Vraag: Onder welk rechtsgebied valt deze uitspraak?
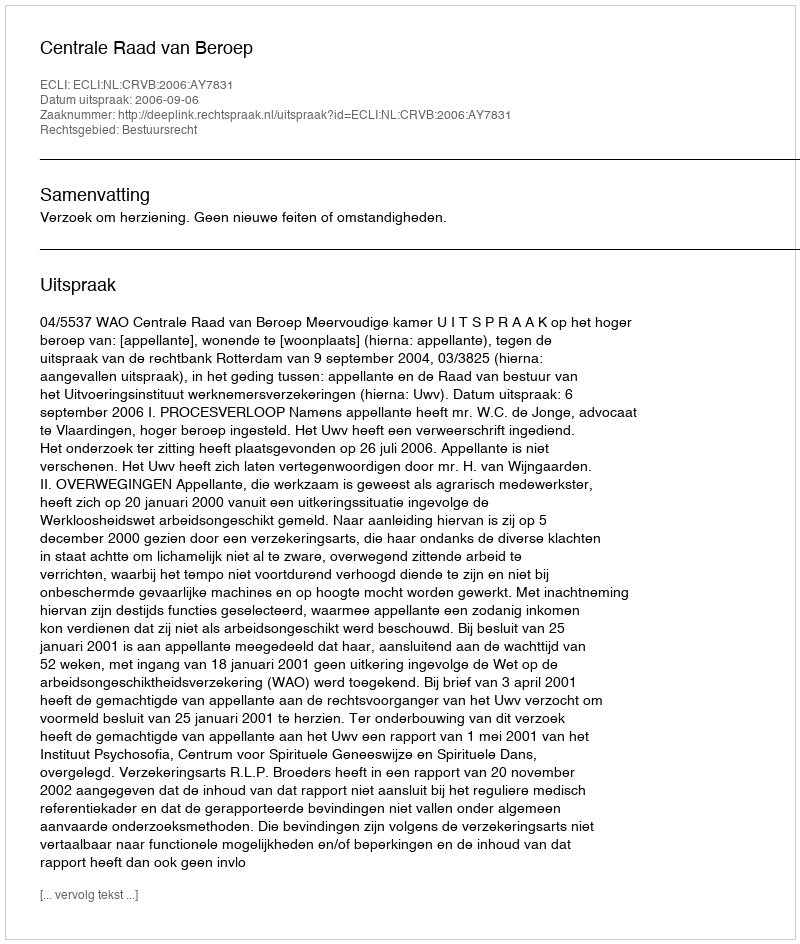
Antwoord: Bestuursrecht